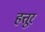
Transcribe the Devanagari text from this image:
हत्तूर